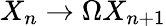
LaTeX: X_{n}\to\Omega X_{n+1}